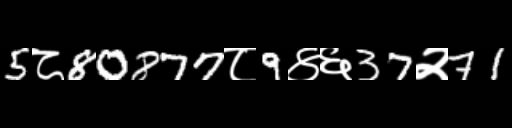
Text: 5८80877८9४६37२71